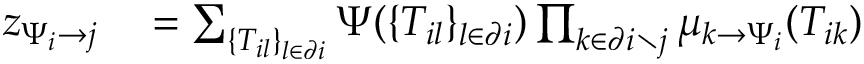
\begin{array} { r } { \begin{array} { r l } { z _ { \Psi _ { i } \to j } } & { { } = \sum _ { \{ T _ { i l } \} _ { l \in \partial i } } \Psi ( \{ T _ { i l } \} _ { l \in \partial i } ) \prod _ { k \in \partial i \setminus j } \mu _ { k \to \Psi _ { i } } ( T _ { i k } ) } \end{array} } \end{array}